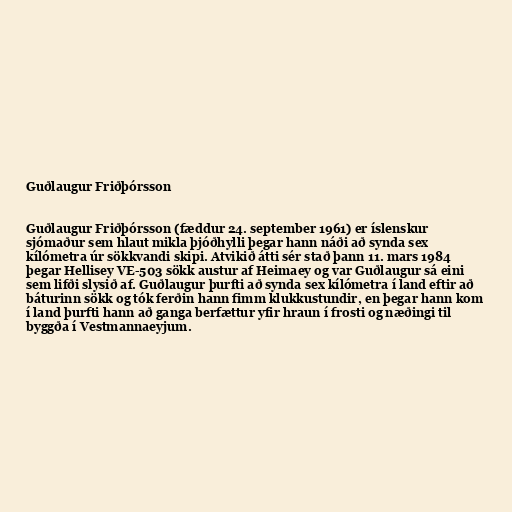
Guðlaugur Friðþórsson

Guðlaugur Friðþórsson (fæddur 24. september 1961) er íslenskur
sjómaður sem hlaut mikla þjóðhylli þegar hann náði að synda sex
kílómetra úr sökkvandi skipi. Atvikið átti sér stað þann 11. mars 1984
þegar Hellisey VE-503 sökk austur af Heimaey og var Guðlaugur sá eini
sem lifði slysið af. Guðlaugur þurfti að synda sex kílómetra í land eftir að
báturinn sökk og tók ferðin hann fimm klukkustundir, en þegar hann kom
í land þurfti hann að ganga berfættur yfir hraun í frosti og næðingi til
byggða í Vestmannaeyjum.